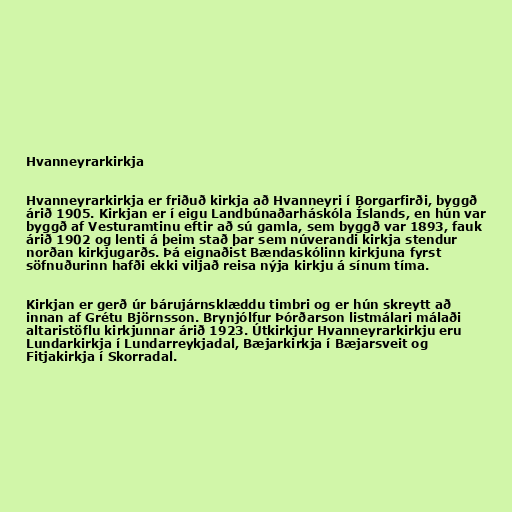
Hvanneyrarkirkja

Hvanneyrarkirkja er friðuð kirkja að Hvanneyri í Borgarfirði, byggð
árið 1905. Kirkjan er í eigu Landbúnaðarháskóla Íslands, en hún var
byggð af Vesturamtinu eftir að sú gamla, sem byggð var 1893, fauk
árið 1902 og lenti á þeim stað þar sem núverandi kirkja stendur
norðan kirkjugarðs. Þá eignaðist Bændaskólinn kirkjuna fyrst
söfnuðurinn hafði ekki viljað reisa nýja kirkju á sínum tíma.

Kirkjan er gerð úr bárujárnsklæddu timbri og er hún skreytt að
innan af Grétu Björnsson. Brynjólfur Þórðarson listmálari málaði
altaristöflu kirkjunnar árið 1923. Útkirkjur Hvanneyrarkirkju eru
Lundarkirkja í Lundarreykjadal, Bæjarkirkja í Bæjarsveit og
Fitjakirkja í Skorradal.